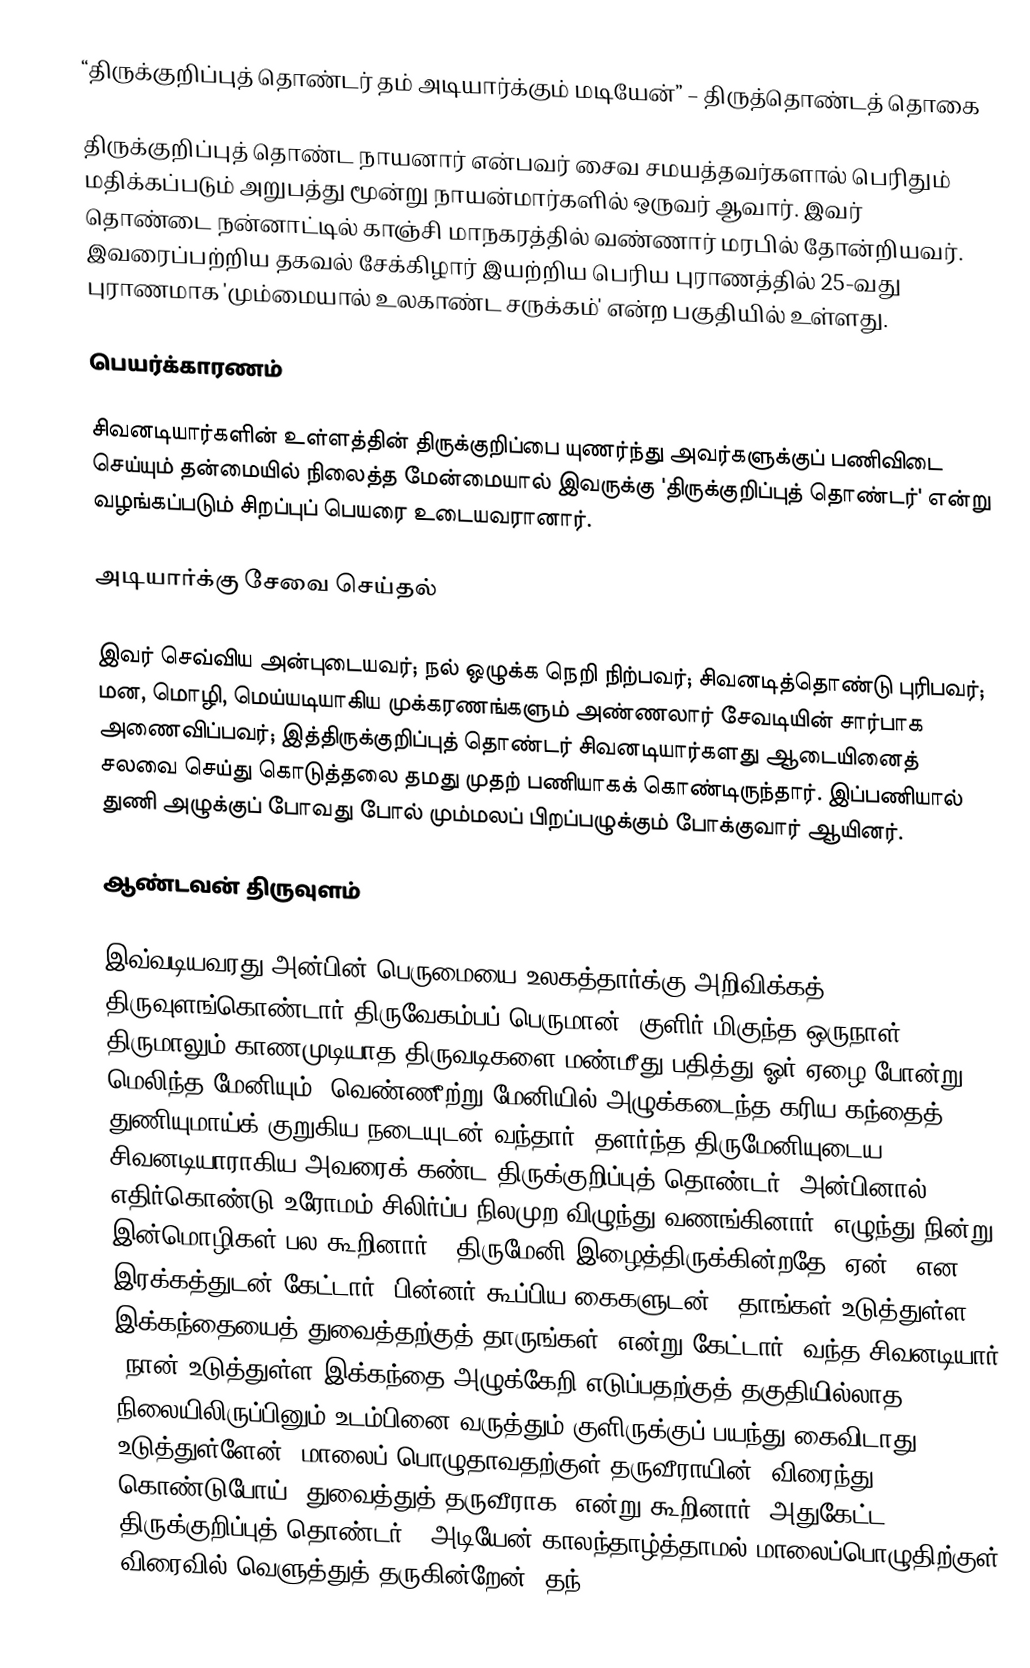
“திருக்குறிப்புத் தொண்டர் தம் அடியார்க்கும் மடியேன்” – திருத்தொண்டத் தொகை

திருக்குறிப்புத் தொண்ட நாயனார் என்பவர் சைவ சமயத்தவர்களால் பெரிதும் மதிக்கப்படும் அறுபத்து மூன்று நாயன்மார்களில் ஒருவர் ஆவார். இவர்  தொண்டை நன்னாட்டில் காஞ்சி மாநகரத்தில் வண்ணார் மரபில் தோன்றியவர். இவரைப்பற்றிய தகவல் சேக்கிழார் இயற்றிய பெரிய புராணத்தில் 25-வது புராணமாக 'மும்மையால் உலகாண்ட சருக்கம்' என்ற பகுதியில் உள்ளது.

பெயர்க்காரணம்

சிவனடியார்களின் உள்ளத்தின் திருக்குறிப்பை யுணர்ந்து அவர்களுக்குப் பணிவிடை செய்யும் தன்மையில் நிலைத்த மேன்மையால்  இவருக்கு 'திருக்குறிப்புத் தொண்டர்' என்று வழங்கப்படும் சிறப்புப் பெயரை உடையவரானார்.

அடியார்க்கு சேவை செய்தல்

இவர் செவ்விய அன்புடையவர்; நல் ஒழுக்க நெறி நிற்பவர்; சிவனடித்தொண்டு புரிபவர்; மன, மொழி, மெய்யடியாகிய முக்கரணங்களும் அண்ணலார் சேவடியின் சார்பாக அணைவிப்பவர்; இத்திருக்குறிப்புத் தொண்டர் சிவனடியார்களது ஆடையினைத் சலவை செய்து கொடுத்தலை தமது முதற் பணியாகக் கொண்டிருந்தார். இப்பணியால் துணி அழுக்குப் போவது போல் மும்மலப் பிறப்பழுக்கும் போக்குவார் ஆயினர்.

ஆண்டவன் திருவுளம்

இவ்வடியவரது அன்பின் பெருமையை உலகத்தார்க்கு அறிவிக்கத் திருவுளங்கொண்டார் திருவேகம்பப் பெருமான். குளிர் மிகுந்த ஒருநாள் திருமாலும் காணமுடியாத திருவடிகளை மண்மீது பதித்து ஓர் ஏழை போன்று மெலிந்த மேனியும், வெண்ணீற்று மேனியில் அழுக்கடைந்த கரிய கந்தைத் துணியுமாய்க் குறுகிய நடையுடன் வந்தார். தளர்ந்த திருமேனியுடைய சிவனடியாராகிய அவரைக் கண்ட திருக்குறிப்புத் தொண்டர், அன்பினால் எதிர்கொண்டு உரோமம் சிலிர்ப்ப நிலமுற விழுந்து வணங்கினார். எழுந்து நின்று இன்மொழிகள் பல கூறினார். “திருமேனி இழைத்திருக்கின்றதே, ஏன்?” என இரக்கத்துடன் கேட்டார். பின்னர் கூப்பிய கைகளுடன், ‘தாங்கள் உடுத்துள்ள இக்கந்தையைத் துவைத்தற்குத் தாருங்கள்’ என்று கேட்டார். வந்த சிவனடியார், ‘நான் உடுத்துள்ள இக்கந்தை அழுக்கேறி எடுப்பதற்குத் தகுதியில்லாத நிலையிலிருப்பினும் உடம்பினை வருத்தும் குளிருக்குப் பயந்து கைவிடாது உடுத்துள்ளேன். மாலைப் பொழுதாவதற்குள் தருவீராயின், விரைந்து கொண்டுபோய், துவைத்துத் தருவீராக’ என்று கூறினார். அதுகேட்ட திருக்குறிப்புத் தொண்டர், 'அடியேன் காலந்தாழ்த்தாமல் மாலைப்பொழுதிற்குள் விரைவில் வெளுத்துத் தருகின்றேன், தந்